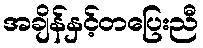
အချိန်နှင့်တပြေးညီ